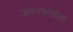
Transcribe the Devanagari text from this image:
जलचक्रातील